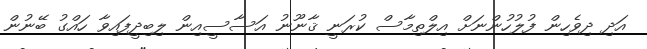
އަދި ދިވެހިން ފުލުހުންނަށް އިލްތިމާސް ކުރަނީ ޤާނޫނު އަސާސީއިން ލިބިދީފައިވާ ހައްގު ބޭނުން